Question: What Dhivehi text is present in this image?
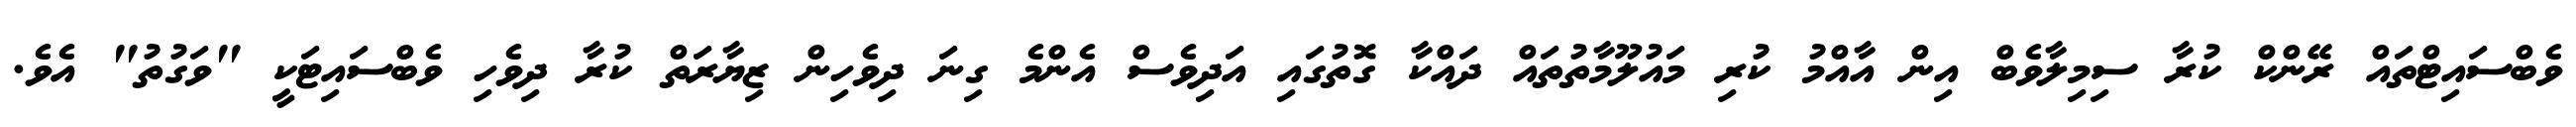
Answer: ވެބްސައިޓްތައް ރޭންކް ކުރާ ސިމިލާވެބް އިން އާއްމު ކުރި މައުލޫމާތުތައް ދައްކާ ގޮތުގައި އަދިވެސް އެންމެ ގިނަ ދިވެހިން ޒިޔާރަތް ކުރާ ދިވެހި ވެބްސައިޓަކީ "ވަގުތު" އެވެ.